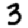
Digit: 3